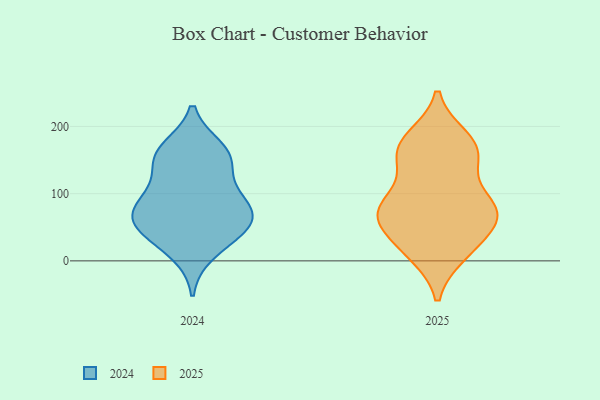
{"axis": {"x": "Tickets Resolved", "y": "Value"}, "legend": ["2024", "2025"], "data": [{"x": "", "y": 46, "type": "2025"}, {"x": "", "y": 16, "type": "2025"}, {"x": "", "y": 19, "type": "2025"}, {"x": "", "y": 70, "type": "2025"}, {"x": "", "y": 63, "type": "2025"}, {"x": "", "y": 150, "type": "2025"}, {"x": "", "y": 72, "type": "2025"}, {"x": "", "y": 173, "type": "2025"}, {"x": "", "y": 182, "type": "2025"}, {"x": "", "y": 11, "type": "2025"}, {"x": "", "y": 80, "type": "2025"}, {"x": "", "y": 173, "type": "2025"}, {"x": "", "y": 141, "type": "2025"}, {"x": "", "y": 86, "type": "2025"}, {"x": "", "y": 163, "type": "2025"}, {"x": "", "y": 76, "type": "2025"}, {"x": "", "y": 81, "type": "2025"}, {"x": "", "y": 94, "type": "2024"}, {"x": "", "y": 156, "type": "2024"}, {"x": "", "y": 12, "type": "2024"}, {"x": "", "y": 81, "type": "2024"}, {"x": "", "y": 100, "type": "2024"}, {"x": "", "y": 70, "type": "2024"}, {"x": "", "y": 157, "type": "2024"}, {"x": "", "y": 47, "type": "2024"}, {"x": "", "y": 146, "type": "2024"}, {"x": "", "y": 63, "type": "2024"}, {"x": "", "y": 53, "type": "2024"}, {"x": "", "y": 43, "type": "2024"}, {"x": "", "y": 166, "type": "2024"}]}